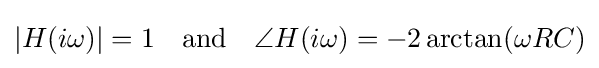
|H(i\omega )|=1\quad {\text{and}}\quad \angle H(i\omega )=-2\arctan(\omega RC)